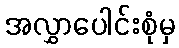
အလွှာပေါင်းစုံမှ